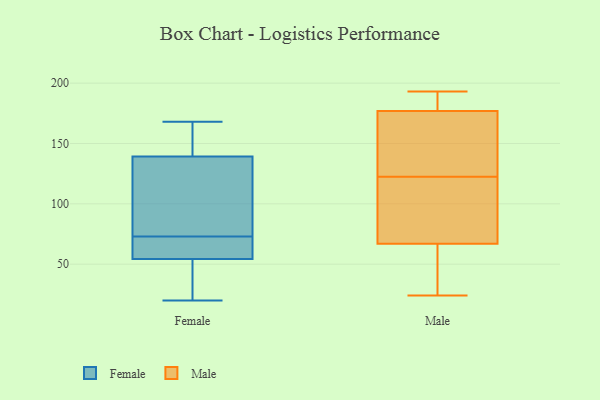
{"axis": {"x": "Active Users", "y": "Value"}, "legend": ["Female", "Male"], "data": [{"x": "", "y": 153, "type": "Female"}, {"x": "", "y": 137, "type": "Female"}, {"x": "", "y": 48, "type": "Female"}, {"x": "", "y": 49, "type": "Female"}, {"x": "", "y": 73, "type": "Female"}, {"x": "", "y": 140, "type": "Female"}, {"x": "", "y": 61, "type": "Female"}, {"x": "", "y": 78, "type": "Female"}, {"x": "", "y": 52, "type": "Female"}, {"x": "", "y": 62, "type": "Female"}, {"x": "", "y": 148, "type": "Female"}, {"x": "", "y": 101, "type": "Female"}, {"x": "", "y": 73, "type": "Female"}, {"x": "", "y": 168, "type": "Female"}, {"x": "", "y": 20, "type": "Female"}, {"x": "", "y": 102, "type": "Male"}, {"x": "", "y": 24, "type": "Male"}, {"x": "", "y": 143, "type": "Male"}, {"x": "", "y": 193, "type": "Male"}, {"x": "", "y": 89, "type": "Male"}, {"x": "", "y": 151, "type": "Male"}, {"x": "", "y": 177, "type": "Male"}, {"x": "", "y": 45, "type": "Male"}, {"x": "", "y": 67, "type": "Male"}, {"x": "", "y": 185, "type": "Male"}]}